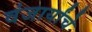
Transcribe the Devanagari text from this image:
वंजार्यांचे